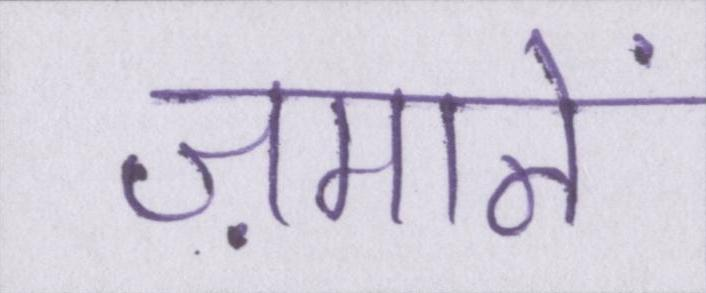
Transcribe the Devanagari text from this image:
ज़मानें